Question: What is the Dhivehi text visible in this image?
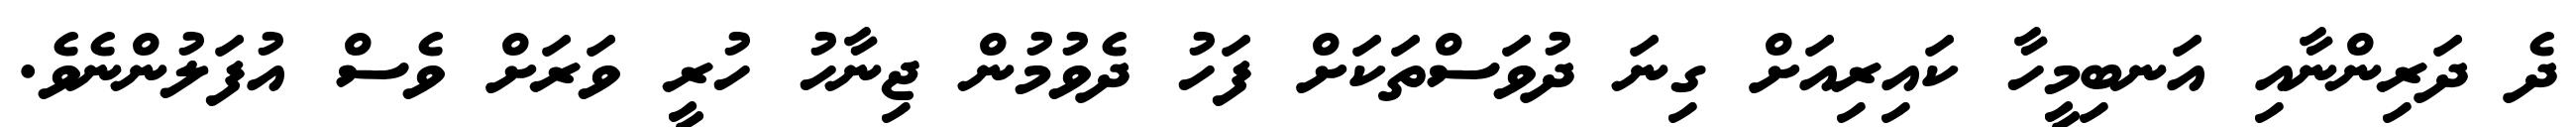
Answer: ދެ ދަރިންނާއި އަނބިމީހާ ކައިރިއަށް ގިނަ ދުވަސްތަކަށް ފަހު ދެވުމުން ޖިނާހު ހުރީ ވަރަށް ވެސް އުފަލުންނެވެ.